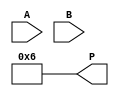
module array_multiplier #(parameter N = 4) (
    input  [N-1:0] A,  // N-bit operand A
    input  [N-1:0] B,  // N-bit operand B
    output [2*N-1:0] P // 2N-bit product
);

    // Intermediate partial products
    wire [N-1:0] partial_products[N-1:0];

    // Generate partial products using AND gates
    genvar i, j;
    generate
        for (i = 0; i < N; i = i + 1) begin : and_array
            for (j = 0; j < N; j = j + 1) begin : and_gate
                assign partial_products[i][j] = A[j] & B[i];
            end
        end
    endgenerate

    // Sum the partial products
    wire [2*N-1:0] sum [N-1:0];
    wire [2*N-1:0] carry [N-1:0];

    // Initialize the first partial product
    assign sum[0] = {partial_products[0], 0}; // Align first partial product
    assign carry[0] = 0;

    // Add partial products using a simple tree structure
    generate
        for (i = 1; i < N; i = i + 1) begin : adder_tree
            wire [2*N-1:0] aligned_partial_product;
            assign aligned_partial_product = {partial_products[i], i}; // Shift partial product

            // Full adder for summing
            wire [2*N-1:0] temp_sum;
            wire temp_carry;

            // Simple addition of two numbers
            assign {temp_carry, temp_sum} = sum[i-1] + aligned_partial_product;

            assign sum[i] = temp_sum;
            assign carry[i] = temp_carry;
        end
    endgenerate

    // Final output
    assign P = sum[N-1] + carry[N-1];

endmodule